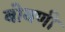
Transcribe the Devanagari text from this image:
बोवणी